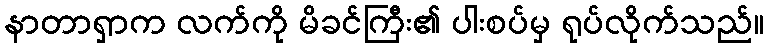
နာတာရှာက လက်ကို မိခင်ကြီး၏ ပါးစပ်မှ ရုပ်လိုက်သည်။